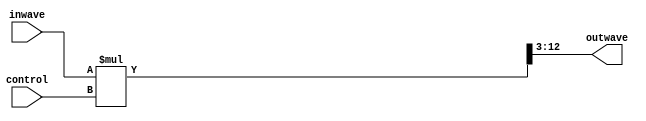
`timescale 1ns / 1ps
//////////////////////////////////////////////////////////////////////////////////
// Company: 
// Engineer: 
// 
// Design Name: 
// Module Name:    volume_control 
// Project Name: 
// Target Devices: 
// Tool versions: 
// Description: 
//
// Dependencies: 
//
// Revision: 
// Revision 0.01 - File Created
// Additional Comments: 
//
//////////////////////////////////////////////////////////////////////////////////
module volume_control( inwave, control, outwave);

input [9:0] inwave;
input [3:0] control;
output [9:0] outwave;

// Shift inwave three to the left
wire [12:0] temp_wave = inwave * control;

assign outwave = (temp_wave) >> 3;

endmodule

module volume_buttons( inc_dec, clk, control);

input [1:0] inc_dec;
input clk;
output reg [3:0] control;

initial begin
	control <= 0;
end

always @ (posedge clk) begin
		case (inc_dec)
			2'b01:
				begin
					if (control > 0)
						control <= control - 4'd1;
				end
			2'b10:
				begin
					if (control < 4'b1000)
						control <= control + 4'd1;
				end
			default: control <= control;
		endcase
end

endmodule

module volume_control_display(control, clk, display);

input [3:0] control;
input clk;
output reg [7:0] display;

always @ (posedge clk) begin
	case (control)
		4'b0000: display <= 8'b00000000;
		4'b0001: display <= 8'b00000001;
		4'b0010: display <= 8'b00000011;
		4'b0011: display <= 8'b00000111;
		4'b0100: display <= 8'b00001111;
		4'b0101: display <= 8'b00011111;
		4'b0110: display <= 8'b00111111;
		4'b0111: display <= 8'b01111111;
		4'b1000: display <= 8'b11111111;
		default: display <= 0;
	endcase
end

endmodule